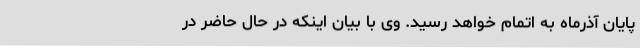
پایان آذرماه به اتمام خواهد رسید. وی با بیان اینکه در حال حاضر در